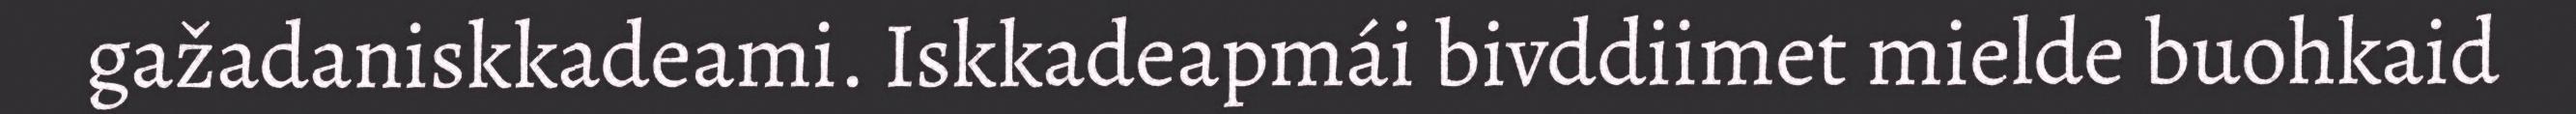
gažadaniskkadeami. Iskkadeapmái bivddiimet mielde buohkaid